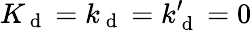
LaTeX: K_{\mathrm{~d~}}=k_{\mathrm{~d~}}=k_{\mathrm{~d~}}^{\prime}=0